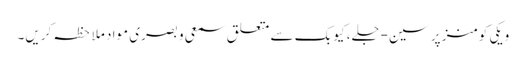
ویکی کومنز پر سین-جلے، کیوبک سے متعلق سمعی و بصری مواد ملاحظہ کریں۔